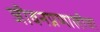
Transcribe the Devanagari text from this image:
जीवनप्रणालीचा